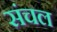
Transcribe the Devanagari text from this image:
संचल